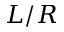
L / R